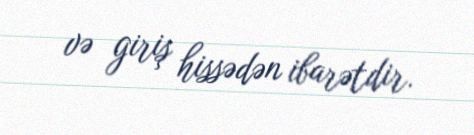
və giriş hissədən ibarətdir.